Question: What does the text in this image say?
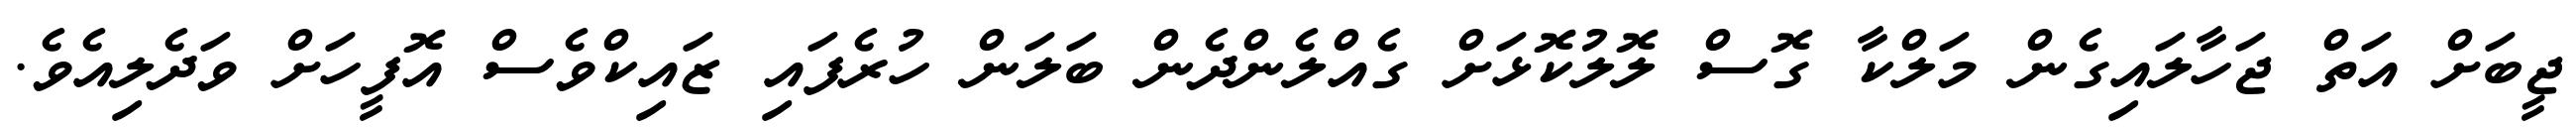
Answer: ޖީބަށް އަތް ޖަހާލައިގެން މަލްކާ ގޮސް ލޮލުކޮޅަށް ގެއްލެންދެން ބަލަން ހުރެފައި ޒައިކްވެސް އޮފީހަށް ވަދެލިއެވެ.